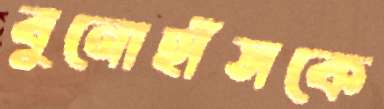
বুনোহাঁসকে